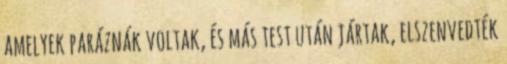
amelyek paráznák voltak, és más test után jártak, elszenvedték